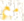
مع